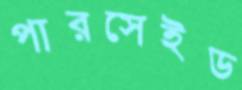
পারসেইড